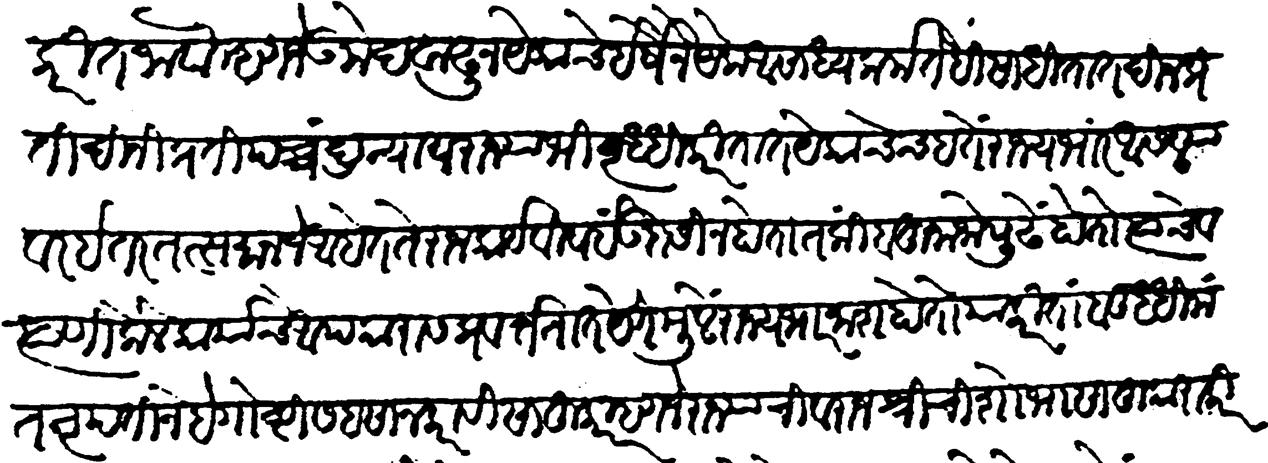
Transliteration (Devanagari): करीत जावे म्हणजे उमेद वाढून येकाचे इर्षेने येक असाध्य कर्म तेंहि साथितात दिन प्रतिदिनीं प्रतिपच्चंद्रन्याय राज्याभिवृद्धि करितात. येकाचेच हतें राज्यकारभार असल्यावर इतर तत्समान जे आहेत ते राजकार्यविषयीं उदासीन होतात किंबहुना जो पुढे होतो त्याचे व त्याणे केले कार्याचे अपकारास प्रवर्ततात येणेमुळे राज्यभार नाश होतो याकरितां बुद्धिमंत नृपतीने हे गोष्टी सहसा न करावी साहुकार म्हणजे राज्याची व राजश्रीची शोभा साहूकाराकरितां